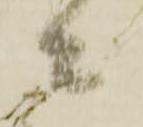
ニ